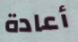
أعادة